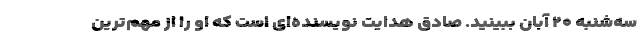
سه‌شنبه ۲۰ آبان ببینید. صادق هدایت نویسنده‌ای است که او را از مهم‌ترین